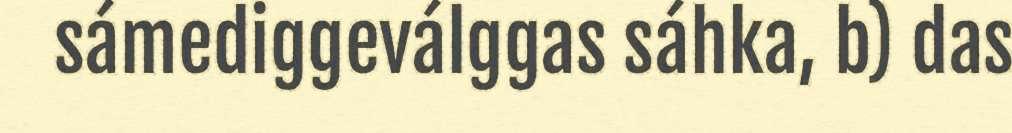
sámediggeválggas sáhka, b) das